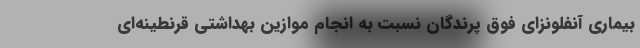
بیماری آنفلونزای فوق پرندگان نسبت به انجام موازین بهداشتی قرنطینه‌ای